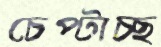
চেপ্‌টাচ্ছ